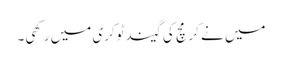
میں نے کرمچ کی گیند ٹوکری میں رکھی۔